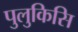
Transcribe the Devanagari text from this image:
पुलुकिसि